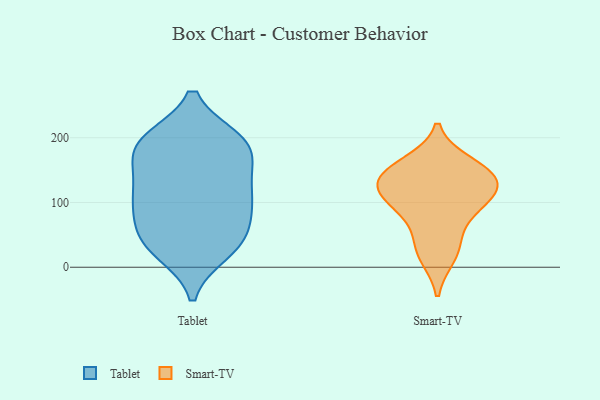
{"axis": {"x": "Population (Million)", "y": "Value"}, "legend": ["Smart-TV", "Tablet"], "data": [{"x": "", "y": 23, "type": "Tablet"}, {"x": "", "y": 113, "type": "Tablet"}, {"x": "", "y": 23, "type": "Tablet"}, {"x": "", "y": 99, "type": "Tablet"}, {"x": "", "y": 93, "type": "Tablet"}, {"x": "", "y": 147, "type": "Tablet"}, {"x": "", "y": 64, "type": "Tablet"}, {"x": "", "y": 154, "type": "Tablet"}, {"x": "", "y": 168, "type": "Tablet"}, {"x": "", "y": 197, "type": "Tablet"}, {"x": "", "y": 54, "type": "Tablet"}, {"x": "", "y": 197, "type": "Tablet"}, {"x": "", "y": 113, "type": "Tablet"}, {"x": "", "y": 109, "type": "Tablet"}, {"x": "", "y": 188, "type": "Tablet"}, {"x": "", "y": 197, "type": "Tablet"}, {"x": "", "y": 193, "type": "Tablet"}, {"x": "", "y": 38, "type": "Tablet"}, {"x": "", "y": 45, "type": "Tablet"}, {"x": "", "y": 145, "type": "Smart-TV"}, {"x": "", "y": 17, "type": "Smart-TV"}, {"x": "", "y": 132, "type": "Smart-TV"}, {"x": "", "y": 83, "type": "Smart-TV"}, {"x": "", "y": 146, "type": "Smart-TV"}, {"x": "", "y": 119, "type": "Smart-TV"}, {"x": "", "y": 160, "type": "Smart-TV"}, {"x": "", "y": 97, "type": "Smart-TV"}, {"x": "", "y": 37, "type": "Smart-TV"}, {"x": "", "y": 115, "type": "Smart-TV"}]}